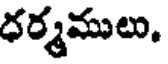
ధర్మములు.